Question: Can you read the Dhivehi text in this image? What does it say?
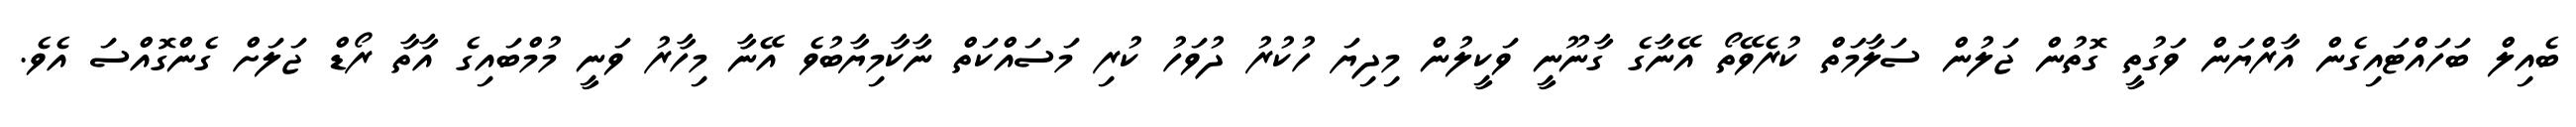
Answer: ބެއިލް ބަހައްޓައިގެން އާރްޔަން ވަގުތީ ގޮތުން ޖަލުން ސަލާމަތް ކުރެވޭތޯ އޭނާގެ ގާނޫނީ ވަކީލުން މިދިޔަ ހުކުރު ދުވަހު ކުރި މަސައްކަތް ނާކާމިޔާބުވެ އޭނާ މިހާރު ވަނީ މުމްބައިގެ އާތާ ރޯޑް ޖަލަށް ގެންގޮއްސަ އެވެ.